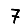
Digit: 7